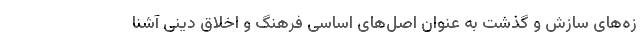
زه‌های سازش و گذشت به عنوان اصل‌های اساسی فرهنگ و اخلاق دینی آشنا